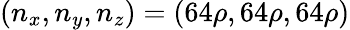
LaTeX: (n_{x},n_{y},n_{z})=(64\rho,64\rho,64\rho)